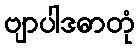
ဗျာပါဒဓာတုံ